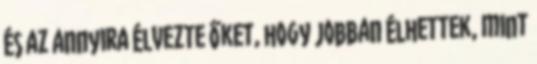
és az annyira élvezte őket, hogy jobban élhettek, mint